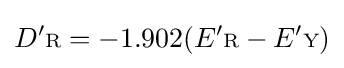
D'{\scriptstyle {\text{R}}}=-1.902(E'{\scriptstyle {\text{R}}}-E'{\scriptstyle {\text{Y}}})